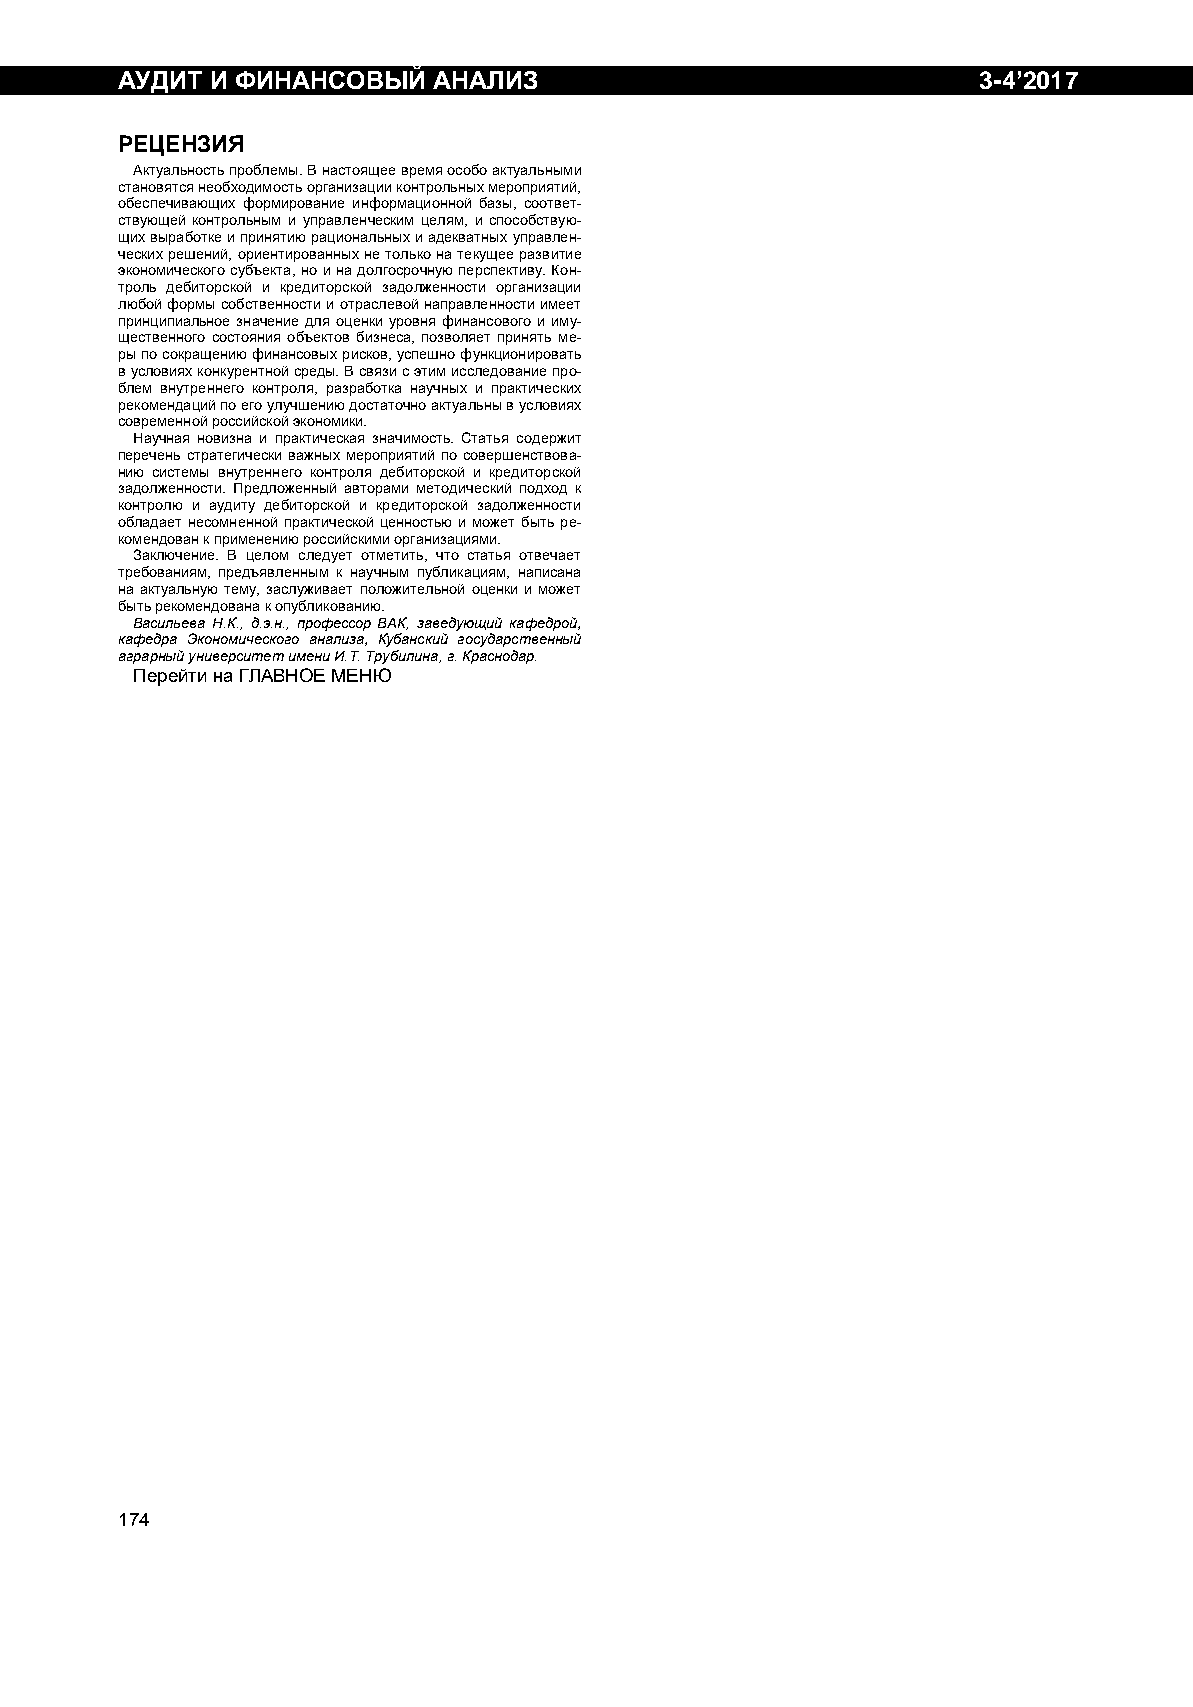
АУДИТ И ФИНАНСОВЫЙ   АНАЛИЗ                              3-4’2017
 РЕЦЕНЗИЯ
 Актуальность проблемы. В настоящее время особо актуальными
 становятся необходимость организации контрольных мероприятий,
 обеспечивающих формирование информационной базы, соответ-
 ствующей контрольным и управленческим целям, и способствую-
 щих выработке и принятию рациональных и адекватных управлен-
 ческих решений, ориентированных не только на текущее развитие
 экономического субъекта, но и на долгосрочную перспективу. Кон-
 троль дебиторской и кредиторской задолженности организации
 любой формы собственности и отраслевой направленности имеет
 принципиальное значение для оценки уровня финансового и иму-
 щественного состояния объектов бизнеса, позволяет принять ме-
 ры по сокращению финансовых рисков, успешно функционировать
 в условиях конкурентной среды. В связи с этим исследование про-
 блем внутреннего контроля, разработка научных и практических
 рекомендаций по его улучшению достаточно актуальны в условиях
 современной российской экономики.
 Научная новизна и практическая значимость. Статья содержит
 перечень стратегически важных мероприятий по совершенствова-
 нию системы внутреннего контроля дебиторской и кредиторской
 задолженности. Предложенный авторами методический подход к
 контролю и аудиту дебиторской и кредиторской задолженности
 обладает несомненной практической ценностью и может быть ре-
 комендован к применению российскими организациями.
 Заключение. В целом следует отметить, что статья отвечает
 требованиям, предъявленным к научным публикациям, написана
 на актуальную тему, заслуживает положительной оценки и может
 быть рекомендована к опубликованию.
 Васильева Н.К., д.э.н., профессор ВАК, заведующий кафедрой,
 кафедра Экономического анализа, Кубанский государственный
 аграрный университет имени И.Т. Трубилина, г. Краснодар.
 Перейти на ГЛАВНОЕ МЕНЮ
 17 4